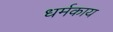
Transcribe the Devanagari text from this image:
धर्मकाय